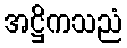
အဋ္ဌိကသညံ